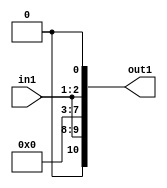
`timescale 1ps / 1ps

// Generated by Cadence Genus(TM) Synthesis Solution 17.11-s014_1
// Generated on: May  5 2021 02:46:37 CST (May  4 2021 18:46:37 UTC)

module DC_Filter_Mul2i258u2_4(in1, out1);
  input [1:0] in1;
  output [10:0] out1;
  wire [1:0] in1;
  wire [10:0] out1;
  assign out1[0] = 1'b0;
  assign out1[1] = in1[0];
  assign out1[2] = in1[1];
  assign out1[3] = 1'b0;
  assign out1[4] = 1'b0;
  assign out1[5] = 1'b0;
  assign out1[6] = 1'b0;
  assign out1[7] = 1'b0;
  assign out1[8] = in1[0];
  assign out1[9] = in1[1];
  assign out1[10] = 1'b0;
endmodule